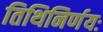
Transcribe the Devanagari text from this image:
तिथिनिर्णयः